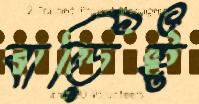
বাড়িই